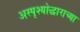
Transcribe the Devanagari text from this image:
अस्पृश्योद्धाराच्या